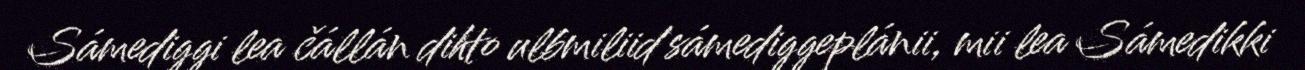
Sámediggi lea čállán dihto ulbmiliid sámediggeplánii, mii lea Sámedikki